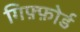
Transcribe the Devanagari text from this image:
गिफ़्फ़ोर्ड